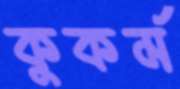
কুকর্ম